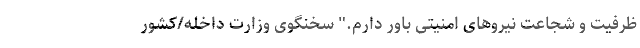
ظرفیت و شجاعت نیروهای امنیتی باور دارم." سخنگوی وزارت داخله/کشور